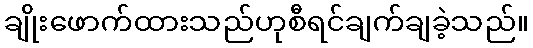
ချိုးဖောက်ထားသည်ဟုစီရင်ချက်ချခဲ့သည်။